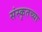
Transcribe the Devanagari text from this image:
संस्‍कृतच्या